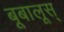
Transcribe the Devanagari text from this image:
बूबालूस्